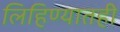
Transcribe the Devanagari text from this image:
लिहिण्यातही